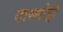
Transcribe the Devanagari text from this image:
टास्सोट्टी